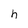
Character: h